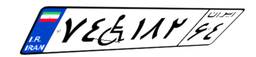
۲۷W۴۷۵۳۳